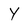
Character: Y